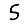
Digit: 5